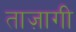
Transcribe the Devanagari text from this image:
ताज़ागी